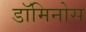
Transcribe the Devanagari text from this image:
डॉमिनोस